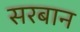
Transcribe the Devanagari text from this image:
सरबान